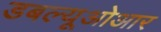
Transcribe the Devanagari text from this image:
डबल्यूओआर